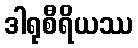
ဒါရုစီရိယဿ